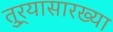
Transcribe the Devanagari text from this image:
तुर्‍यासारख्या